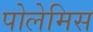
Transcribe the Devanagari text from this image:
पोलेमिस